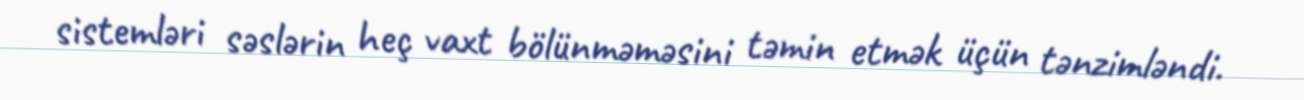
sistemləri səslərin heç vaxt bölünməməsini təmin etmək üçün tənzimləndi.